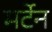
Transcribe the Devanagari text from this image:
मर्टेन